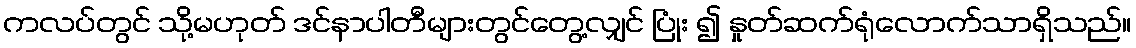
ကလပ်တွင် သို့မဟုတ် ဒင်နာပါတီများတွင်တွေ့လျှင် ပြုံး ၍ နှုတ်ဆက်ရုံလောက်သာရှိသည်။